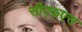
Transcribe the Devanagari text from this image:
सीएफ़एस